system: You are a helpful assistant.
user:
Analyze the provided spectrum to determine if it is a **Carbon Star (C-type)**.

- **Key Visual Indicators of Carbon Star:**
    - **(Primary):** Strong molecular absorption from **C₂ (diatomic carbon) "Swan Bands."** This is the **defining feature** of a carbon star.
        - **(Key Bandheads):** Sharp absorption edges are visible at approximately $5635$ Å, $5165$ Å (the strongest band), and $4737$ Å.
        - **(Line Profile):** Creates a distinct **"saw-tooth"** pattern. The key morphology is a sharp, steep bandhead on the **red (long-wavelength) side**, which then gradually tapers off (i.e., flux recovers) towards the **blue (short-wavelength) side**. *(This is the direct opposite of the TiO bands seen in M-type stars)*.

    - **(Secondary):** Intense **CN (cyanogen)** molecular absorption bands.
        - **(Key Bandheads):** Located in the blue and violet regions of the spectrum (e.g., near $4215$ Å and $3883$ Å).
        - **(Morphology):** These bands are extremely broad and act as a "blanket," absorbing the vast majority of blue and violet light. This creates a characteristic **"cliff"** or **"steep drop-off"** in the spectrum's flux at short wavelengths.

    - **(Key Confirmation):** Strong **CH absorption band (G-band)**.
        - **(Key Bandhead):** Located around $4300$ Å. The contribution from CH molecules to this band is exceptionally strong.

    - **(Overall Spectrum):**
        - The continuum is severely "chopped up" by these deep molecular bands, especially C₂, rather than appearing as a smooth curve.
        - Due to the heavy CN and C₂ absorption in the blue-green, the vast majority of the star's flux is concentrated in the red part of the spectrum, giving the star its characteristic deep red color.

Think first, call **spectral_visualization_tool** if needed to examine features in detail, then provide your final answer. Your response must adhere to the following strict rules:
1.  **Overall Structure:** Your response must follow the format `<think>...</think> <tool_call>...</tool_call> (if a tool is used) <answer>...</answer>`.
2.  **Tool Usage Constraint:** You may only make **one** tool call per turn.
3.  **Final Answer Format:** In the `<answer>` tag, your conclusion must be inside a `\boxed{}` command (e.g., `\boxed{YES}`), followed by your justification.

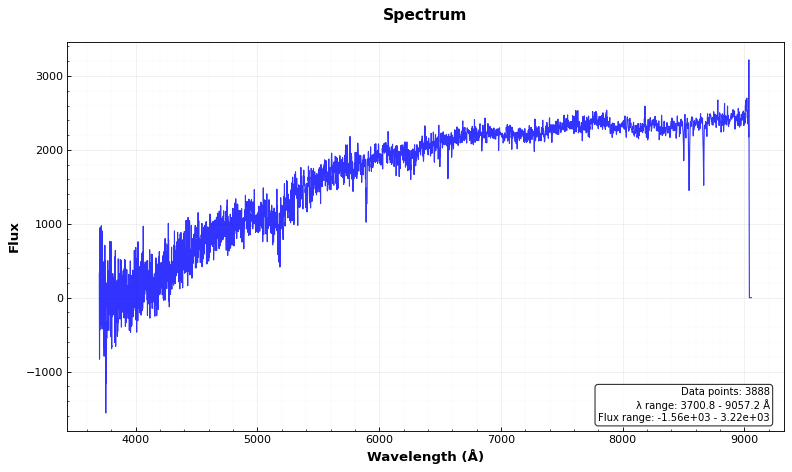
Answer: NO